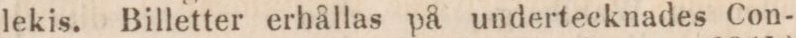
lekis. Billetter erhållas på undertecknades Con-